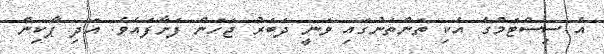
އެ ސިސްޓަމްގެ އެކި ތަންތަނުގައި ވަނީ ދަބަރު ޖަހަން ފަށާފައެވެ. އަދި ޕާކިން